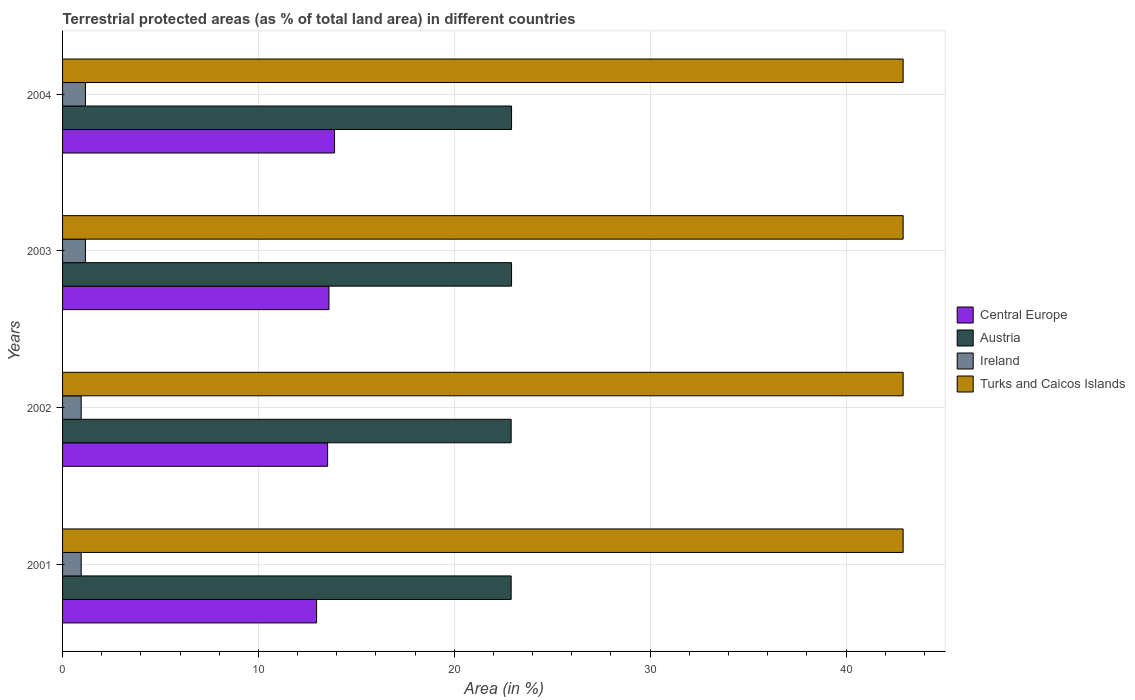
| Years | Central Europe | Austria | Ireland | Turks and Caicos Islands |
 | --- | --- | --- | --- | --- |
 | 2001 | 13 | 22.9 | 0.952 | 42.9 |
 | 2002 | 13.5 | 22.9 | 0.952 | 42.9 |
 | 2003 | 13.6 | 22.9 | 1.17 | 42.9 |
 | 2004 | 13.9 | 22.9 | 1.17 | 42.9 |